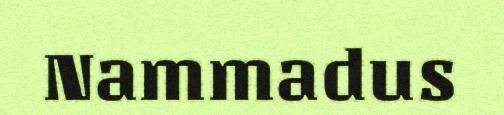
Nammadus